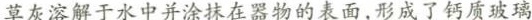
草灰溶解于水中并涂抹在器物表面，形成了钙质玻璃